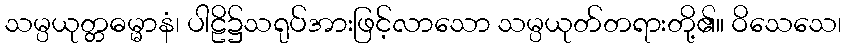
သမ္ပယုတ္တဓမ္မာနံ၊ ပါဠိ၌သရုပ်အားဖြင့်လာသော သမ္ပယုတ်တရားတို့၏။ ဝိသေသေ၊